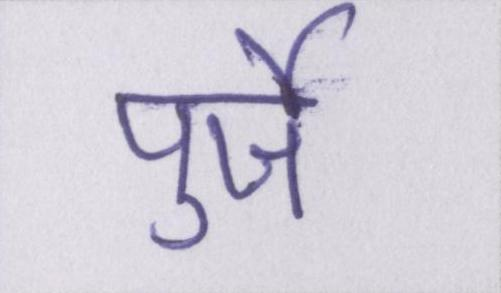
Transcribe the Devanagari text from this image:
पुर्जे